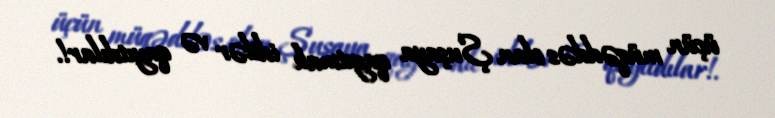
üçün müqəddəs olan Şuşaya qayıtmalı idilər və qayıtdılar!.